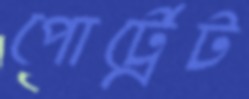
পোর্ট্রেট